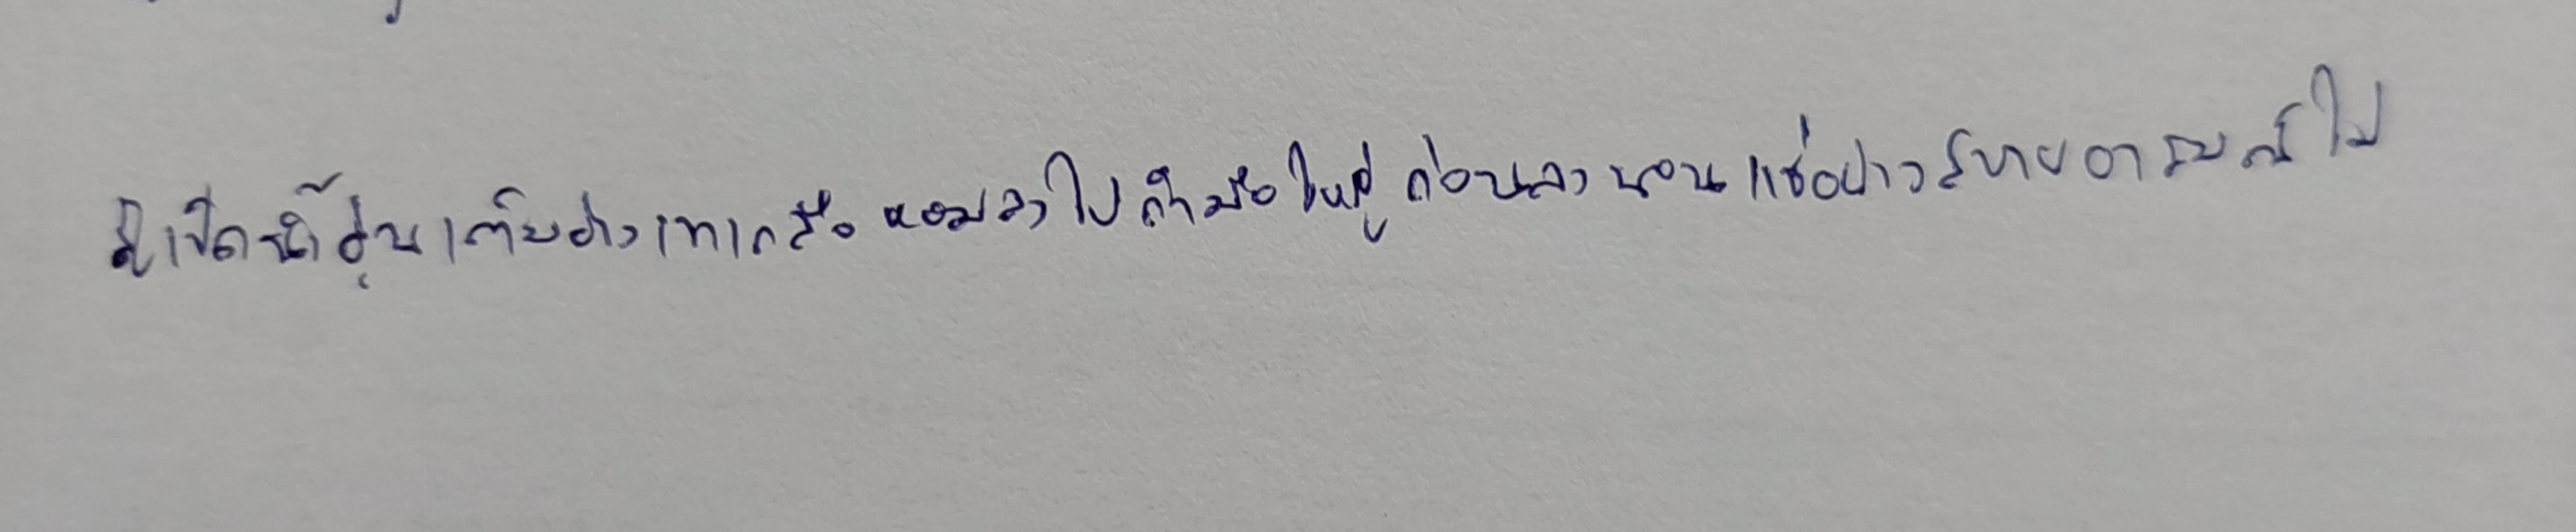
สู้เปิดน้ำอุ่นเต็มอ่างเทเกลือหอมลงไปกำมือใหญ่ก่อนลงนอนแช่อย่างสบายอารมณ์ไม่